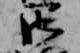
御